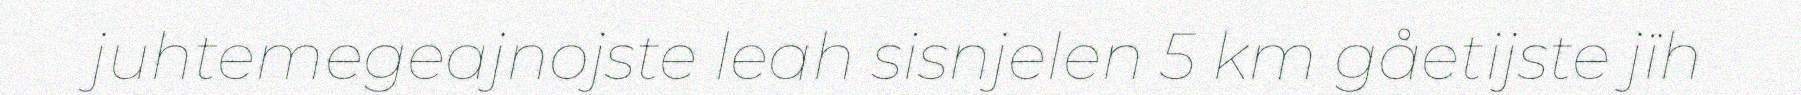
juhtemegeajnojste leah sisnjelen 5 km gåetijste jïh